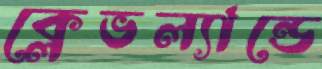
ক্লেভল্যান্ডে